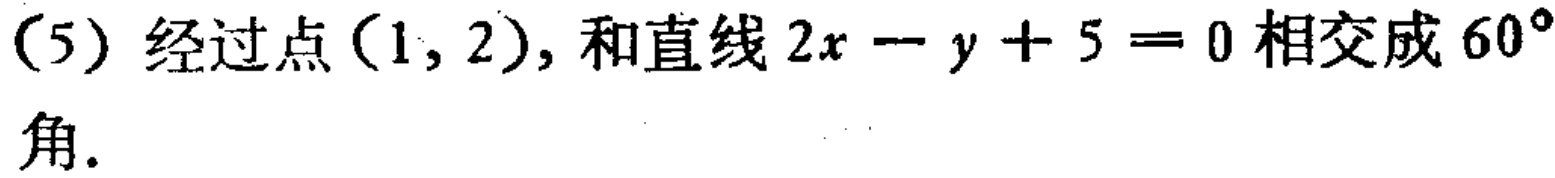
(5) 经过点$(1,2)$, 和直线$2x - y + 5 = 0$相交成$60^{\circ}$角.